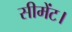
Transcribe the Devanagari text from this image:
सीमेंट।